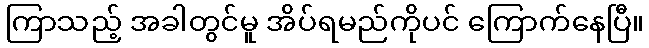
ကြာသည့် အခါတွင်မူ အိပ်ရမည်ကိုပင် ကြောက်နေပြီ။